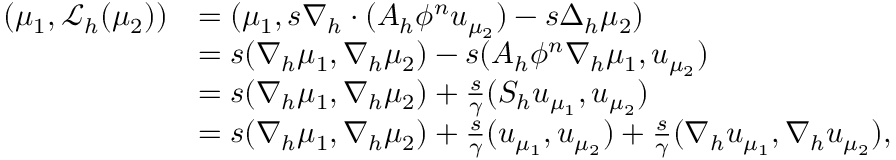
\begin{array} { r l } { ( \mu _ { 1 } , \mathcal { L } _ { h } ( \mu _ { 2 } ) ) } & { = ( \mu _ { 1 } , s \nabla _ { h } \cdot ( A _ { h } \phi ^ { n } \boldsymbol { u } _ { \mu _ { 2 } } ) - s \Delta _ { h } \mu _ { 2 } ) } \\ & { = s ( \nabla _ { h } \mu _ { 1 } , \nabla _ { h } \mu _ { 2 } ) - s ( A _ { h } \phi ^ { n } \nabla _ { h } \mu _ { 1 } , \boldsymbol { u } _ { \mu _ { 2 } } ) } \\ & { = s ( \nabla _ { h } \mu _ { 1 } , \nabla _ { h } \mu _ { 2 } ) + \frac { s } { \gamma } ( { \cal S } _ { h } \boldsymbol { u } _ { \mu _ { 1 } } , \boldsymbol { u } _ { \mu _ { 2 } } ) } \\ & { = s ( \nabla _ { h } \mu _ { 1 } , \nabla _ { h } \mu _ { 2 } ) + \frac { s } { \gamma } ( \boldsymbol { u } _ { \mu _ { 1 } } , \boldsymbol { u } _ { \mu _ { 2 } } ) + \frac { s } { \gamma } ( \nabla _ { h } \boldsymbol { u } _ { \mu _ { 1 } } , \nabla _ { h } \boldsymbol { u } _ { \mu _ { 2 } } ) , } \end{array}